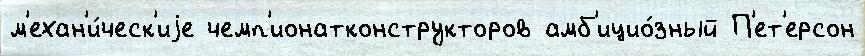
м'ехан'и́ческ'иjе чемп'ионатконструкторов амб'ицио́зный П'ет'ерсон